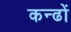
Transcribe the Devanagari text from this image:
कन्ढों